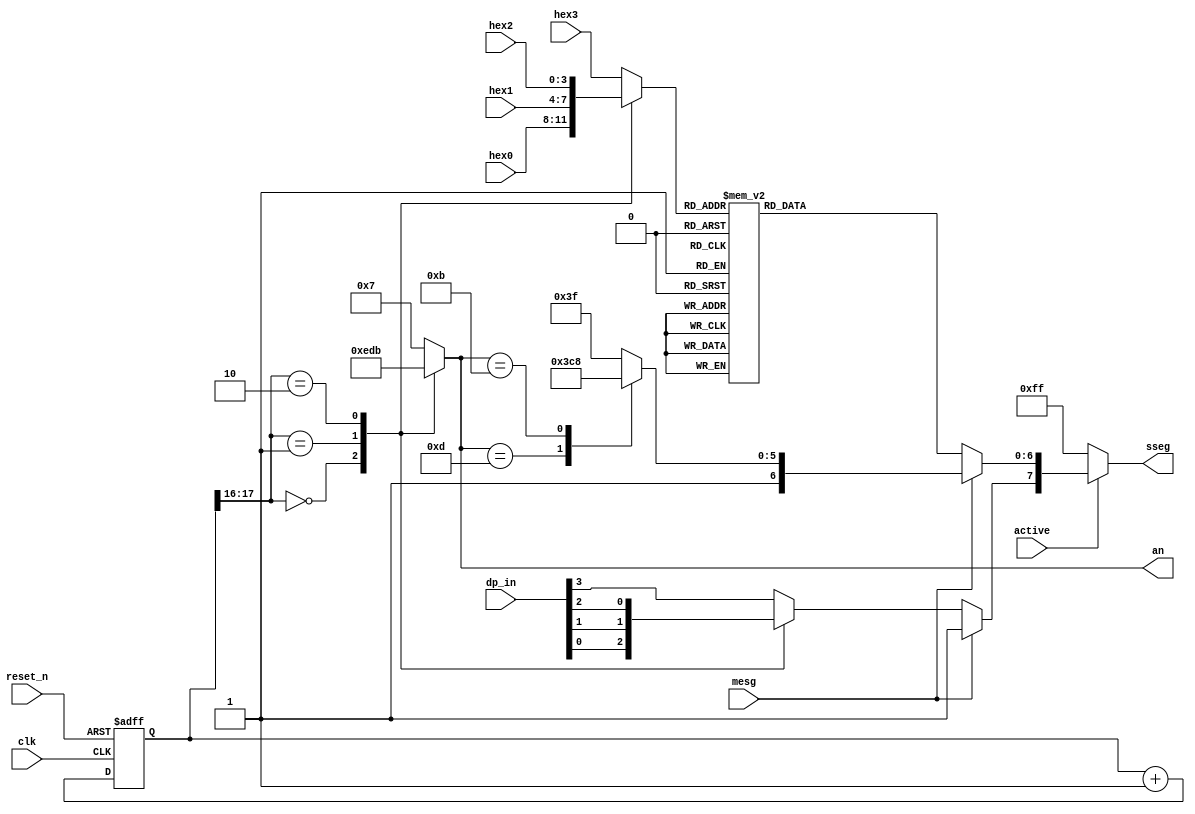
module disp_hex_mux
    (
    input  wire      clk, reset_n,
    input  wire      active, mesg,
    input  wire[3:0] hex3, hex2, hex1, hex0,
    input  wire[3:0] dp_in,
    output reg[3:0]  an,
    output reg[7:0]  sseg
    );

    // constant declaration
    // refreshing rate around 800 Hz (100 MHz / 2^17)
    localparam N = 18;

    // signal declaration
    reg[N-1:0]  q_reg;
    wire[N-1:0] q_next;
    reg[3:0]    hex_in;
    reg         dp;

    // N-bit counter
    // register
    always @(posedge clk, negedge  reset_n)
        if (!reset_n)
            q_reg <= 0;
        else
            q_reg <= q_next;

    // next-state logic
    assign q_next = q_reg + 1;

    // 2 MSBs of counter to control 4-to-1 mux
    // and to generate active-low enable signal
    always @*
        case (q_reg[N-1:N-2])
            2'b00:
                begin
                    an     = 4'b1110;
                    hex_in = hex0;
                    dp     = dp_in[0];
                end
            2'b01:
                begin
                    an   = 4'b1101;
                    hex_in = hex1;
                    dp     = dp_in[1];
                end
            2'b10:
                begin
                    an   = 4'b1011;
                    hex_in = hex2;
                    dp     = dp_in[2];
                end
            default:
                begin
                    an   = 4'b0111;
                    hex_in = hex3;
                    dp     = dp_in[3];
                end
        endcase

    always @*
    begin
        if (active)
            if (mesg)
                // display HI
                case (an)
                    4'b1110: sseg[7:0] = 8'b11111111; // off
                    4'b1101: sseg[7:0] = 8'b11001111; // I
                    4'b1011: sseg[7:0] = 8'b11001000; // H
                    4'b0111: sseg[7:0] = 8'b11111111; // off
                    default: sseg[7:0] = 8'b11111111; // shouldn't be here 
                endcase
            else
                begin
                    case (hex_in)
                        4'h0: sseg[6:0] = 7'b0000001;
                        4'h1: sseg[6:0] = 7'b1001111;
                        4'h2: sseg[6:0] = 7'b0010010;
                        4'h3: sseg[6:0] = 7'b0000110;
                        4'h4: sseg[6:0] = 7'b1001100;
                        4'h5: sseg[6:0] = 7'b0100100;
                        4'h6: sseg[6:0] = 7'b0100000;
                        4'h7: sseg[6:0] = 7'b0001111;
                        4'h8: sseg[6:0] = 7'b0000000;
                        4'h9: sseg[6:0] = 7'b0000100;
                        4'ha: sseg[6:0] = 7'b0001000;
                        4'hb: sseg[6:0] = 7'b1100000;
                        4'hc: sseg[6:0] = 7'b0110001;
                        4'hd: sseg[6:0] = 7'b1000010;
                        4'he: sseg[6:0] = 7'b0110000;
                        default: sseg[6:0] = 7'b0111000;  // 4'hf
                    endcase
                    sseg[7] = dp;
                end
        else
            // all off
            sseg[7:0] = 8'b11111111;
    end
endmodule